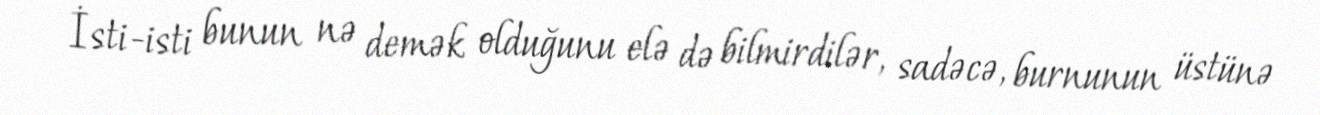
İsti-isti bunun nə demək olduğunu elə də bilmirdilər, sadəcə, burnunun üstünə